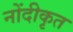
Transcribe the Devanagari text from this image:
नोंदीकृत